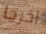
اخرجا